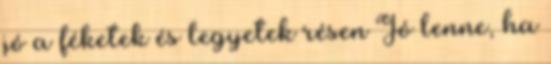
jó a féketek és legyetek résen Jó lenne, ha